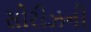
સીરીઝની